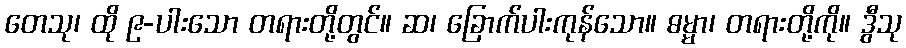
တေသု၊ ထို ၉-ပါးသော တရားတို့တွင်။ ဆ၊ ခြောက်ပါးကုန်သော။ ဓမ္မာ၊ တရားတို့ကို။ ဒွီသု